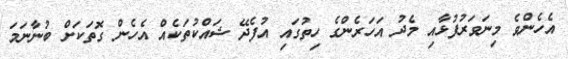
އެހެންވެ މިނަވަރުފުޅާއި މެދު އަހަރެންގެ ހިތުގައި އުފެދޭ ޝައްކުތަކެއް އެހެން ގޮތަކަށް ބުނާނަމަ